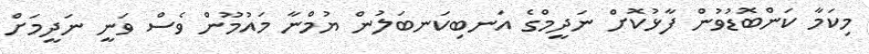
މިކަމާ ކަންބޮޑުވުން ފާޅުކޮށް ނަދީމްގެ އަނބިކަނބަލުން ޔުމްނާ މައުމޫން ވެސް ވަނީ ނަދީމަށް